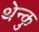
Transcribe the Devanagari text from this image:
थेन्कु